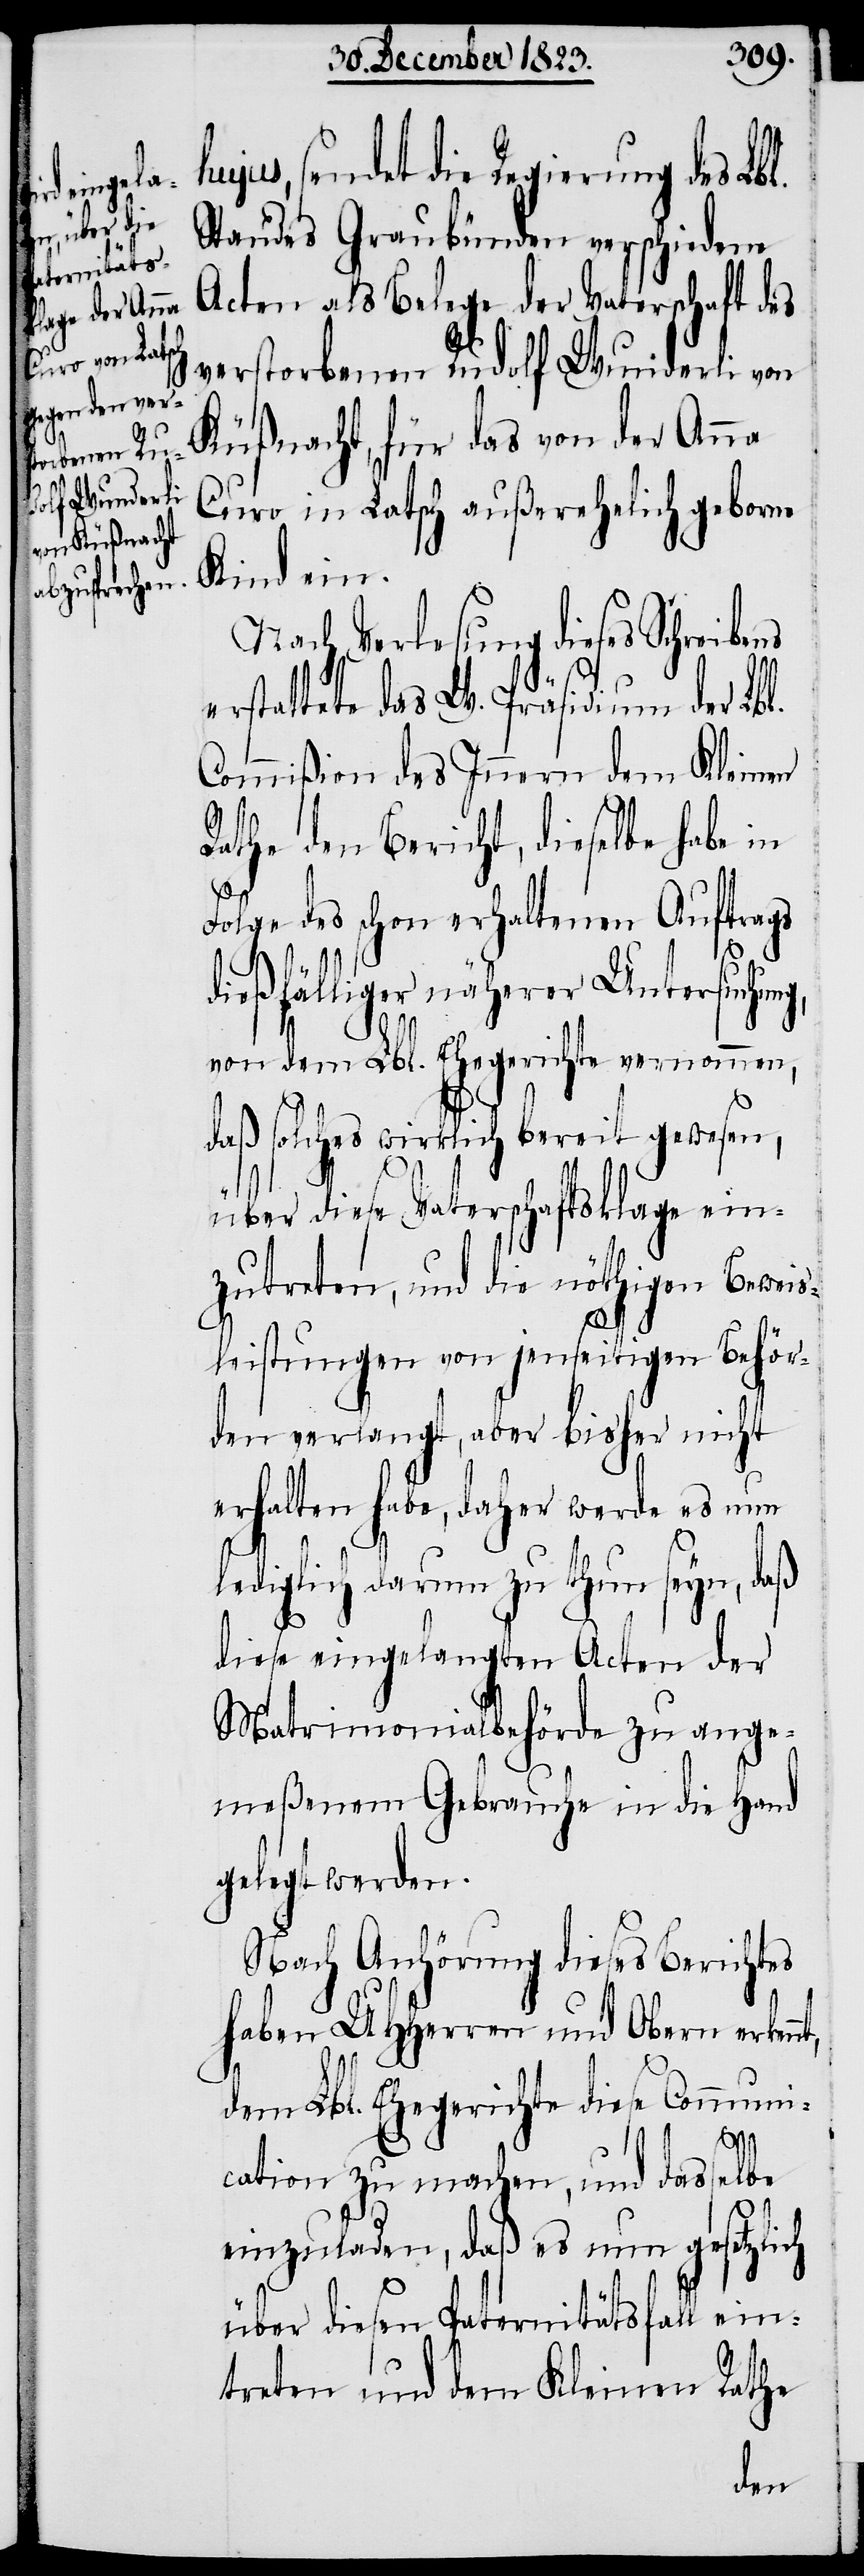
sendet die Regierung des Lbl.
Standes Graubünden verschiedene
Acten als Belege der Vaterschaft des
verstorbenen Rudolf Wunderli von
Küßnacht, für das von der Anna
Curo in Latsch außerehelich geborne
Kind ein.
Nach Verlesung dieses Schreibe¬
erstattete das W. Präsidium der Lbl.
Commißion des Innern dem Kleinen
Rathe den Bericht, dieselbe habe in
Folge des schon erhaltenen Auftrags
nt,
dießfälliger näherer Untersuchun¬
vor dem Lbl. Ehegerichte vernommen,
daß solches wirklich bereit gewesen,
über diese Vaterschaftsklage ein¬
zutreten, und die nöthigen Beweis¬
leistungen von jenseitigen Behör¬
den verlangt, aber bisher nicht
erhalten habe, daher werde es nun
lediglich darum zu thun seyn, daß
diese eingelangten Acten der
Matrimonialbehörde zu ange¬
meßenem Gebrauche in die Hand
gelegt werden.
Nach Anhörung dieses Berichtes
haben UHHerren und Obern erken¬
dem Lbl. Ehegerichte diese Communi¬
cation zu machen, und dasselbe
einzuladen, daß es nun gesetzlich
über diesen Paternitätsfall ein¬
treten und dem Kleinen Rathe